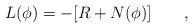
LaTeX: \begin{align*}L(\phi)=-[R+N(\phi)] \qquad,\end{align*}